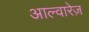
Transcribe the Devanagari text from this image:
आल्वारेज़